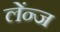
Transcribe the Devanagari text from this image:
लेंन्ज